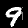
Digit: 9